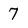
Character: 7